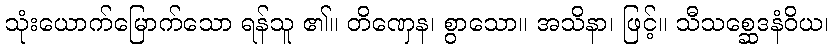
သုံးယောက်မြောက်သော ရန်သူ ၏။ တိဏှေန၊ စွာသော။ အသိနာ၊ ဖြင့်။ သီသစ္ဆေဒနံဝိယ၊